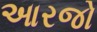
આરજો